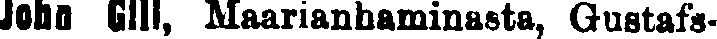
John Gill, Maarianhaminasta, Gustafs-